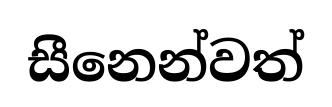
සීනෙන්වත්